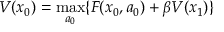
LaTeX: V ( x _ { 0 } ) = \operatorname* { m a x } _ { a _ { 0 } } \{ F ( x _ { 0 } , a _ { 0 } ) + \beta V ( x _ { 1 } ) \}